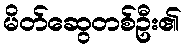
မိတ်ဆွေတစ်ဦး၏